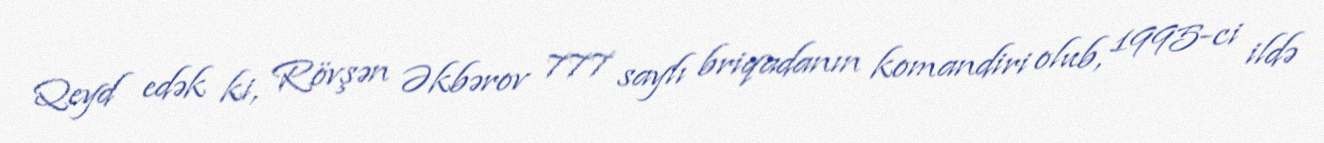
Qeyd edək ki, Rövşən Əkbərov 777 saylı briqadanın komandiri olub, 1995-ci ildə